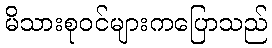
မိသားစုဝင်များကပြောသည်